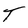
Character: T